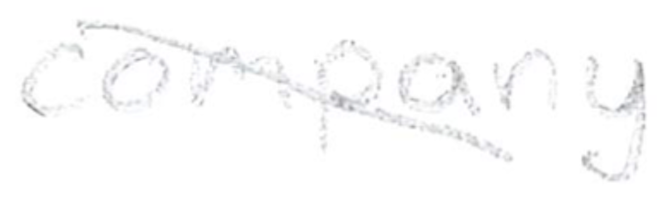
Text: company
Cross-out: diagonal
Writing tool: pencil